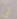
لي